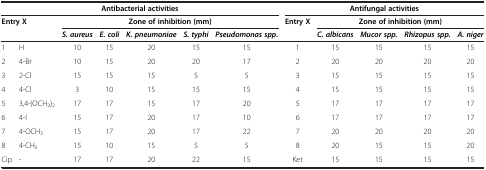
| <COLSPAN=7> Antibacterial activities | <COLSPAN=5> Antifungal activities |
 | <COLSPAN=2> Entry X | <COLSPAN=5> Zone of inhibition (mm) | Entry X | <COLSPAN=4> Zone of inhibition (mm) |
 |  |  | S. aureus | E. coli | K. pneumoniae | S. typhi | Pseudomonas spp. |  | C. albicans | Mucor spp. | Rhizopus spp. | A. niger |
 | --- | --- | --- | --- | --- | --- | --- | --- | --- | --- | --- | --- |
 | 1 | H | 10 | 15 | 20 | 15 | 15 | 1 | 15 | 15 | 15 | 15 |
 | 2 | 4-Br | 10 | 15 | 20 | 20 | 17 | 2 | 20 | 20 | 20 | 20 |
 | 3 | 2-Cl | 15 | 15 | 15 | 5 | 5 | 3 | 15 | 15 | 15 | 15 |
 | 4 | 4-Cl | 3 | 10 | 15 | 15 | 15 | 4 | 15 | 15 | 15 | 15 |
 | 5 | 3,4-(OCH3)2 | 17 | 17 | 15 | 17 | 20 | 5 | 17 | 17 | 17 | 17 |
 | 6 | 4-I | 15 | 17 | 20 | 17 | 10 | 6 | 17 | 17 | 17 | 17 |
 | 7 | 4-OCH3 | 15 | 17 | 20 | 17 | 22 | 7 | 20 | 20 | 20 | 20 |
 | 8 | 4-CH3 | 15 | 10 | 15 | 5 | 5 | 8 | 20 | 15 | 15 | 20 |
 | Cip | - | 17 | 17 | 20 | 22 | 15 | Ket | 15 | 15 | 15 | 15 |